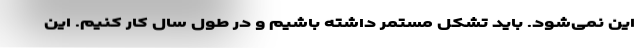
این نمی‌شود. باید تشکل مستمر داشته باشیم و در طول سال کار کنیم. این